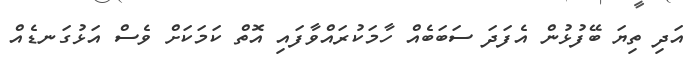
އަދި ތިޔަ ބޭފުޅުން އެފަދަ ސަބަބެއް ހާމަކުރައްވާފައި އޮތް ކަމަކަށް ވެސް އަޅުގަނޑެއް